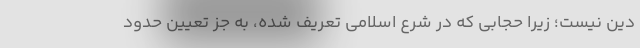
دین نیست؛ زیرا حجابی که در شرع اسلامی تعریف شده، به جز تعیین حدود